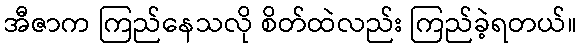
အီဇာက ကြည်နေသလို စိတ်ထဲလည်း ကြည်ခဲ့ရတယ်။